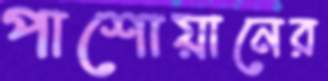
পাশোয়ানের